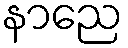
နာညေ